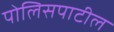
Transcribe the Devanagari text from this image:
पोलिसपाटील